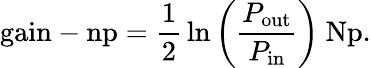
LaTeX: {\mathrm{gain-np}}={\frac{1}{2}}\ln\left({\frac{P_{\mathrm{out}}}{P_{\mathrm{in}}}}\right)~{\mathrm{Np}}.